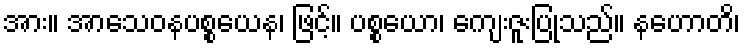
အား။ အာသေဝနပစ္စယေန၊ ဖြင့်။ ပစ္စယော၊ ကျေးဇူးပြုသည်။ နဟောတိ၊